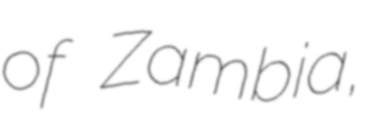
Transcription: of Zambia,